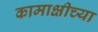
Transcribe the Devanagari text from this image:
कामाक्षीच्या